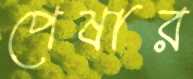
পেষার